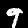
Label: 9